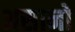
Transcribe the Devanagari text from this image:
असानो